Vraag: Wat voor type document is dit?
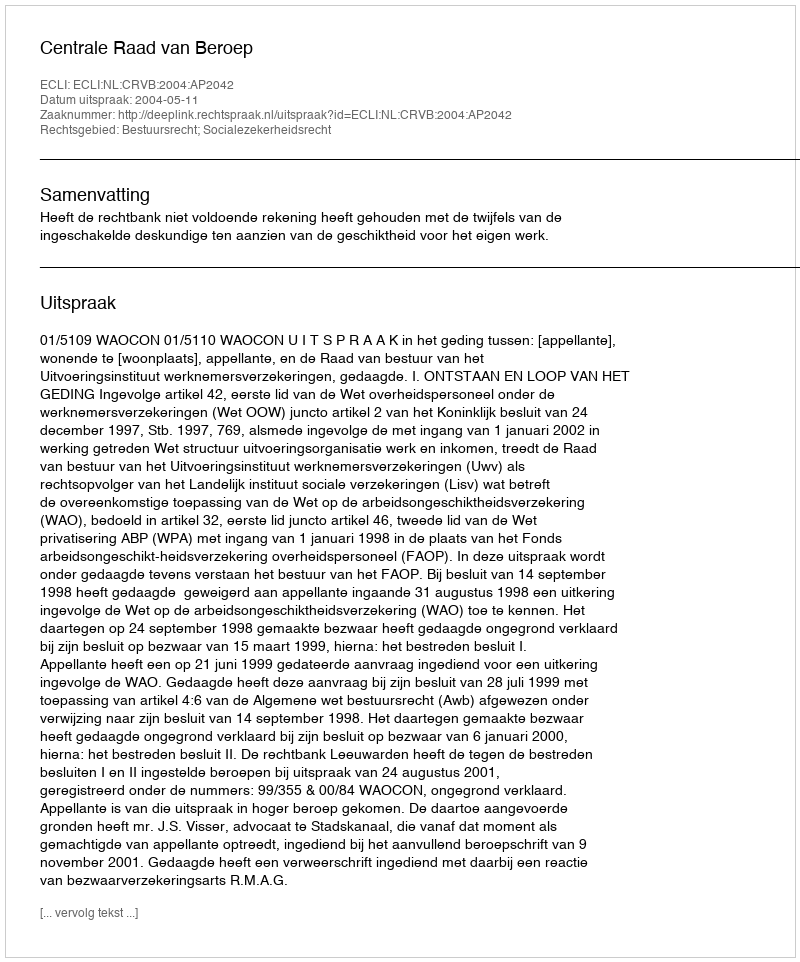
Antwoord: Uitspraak